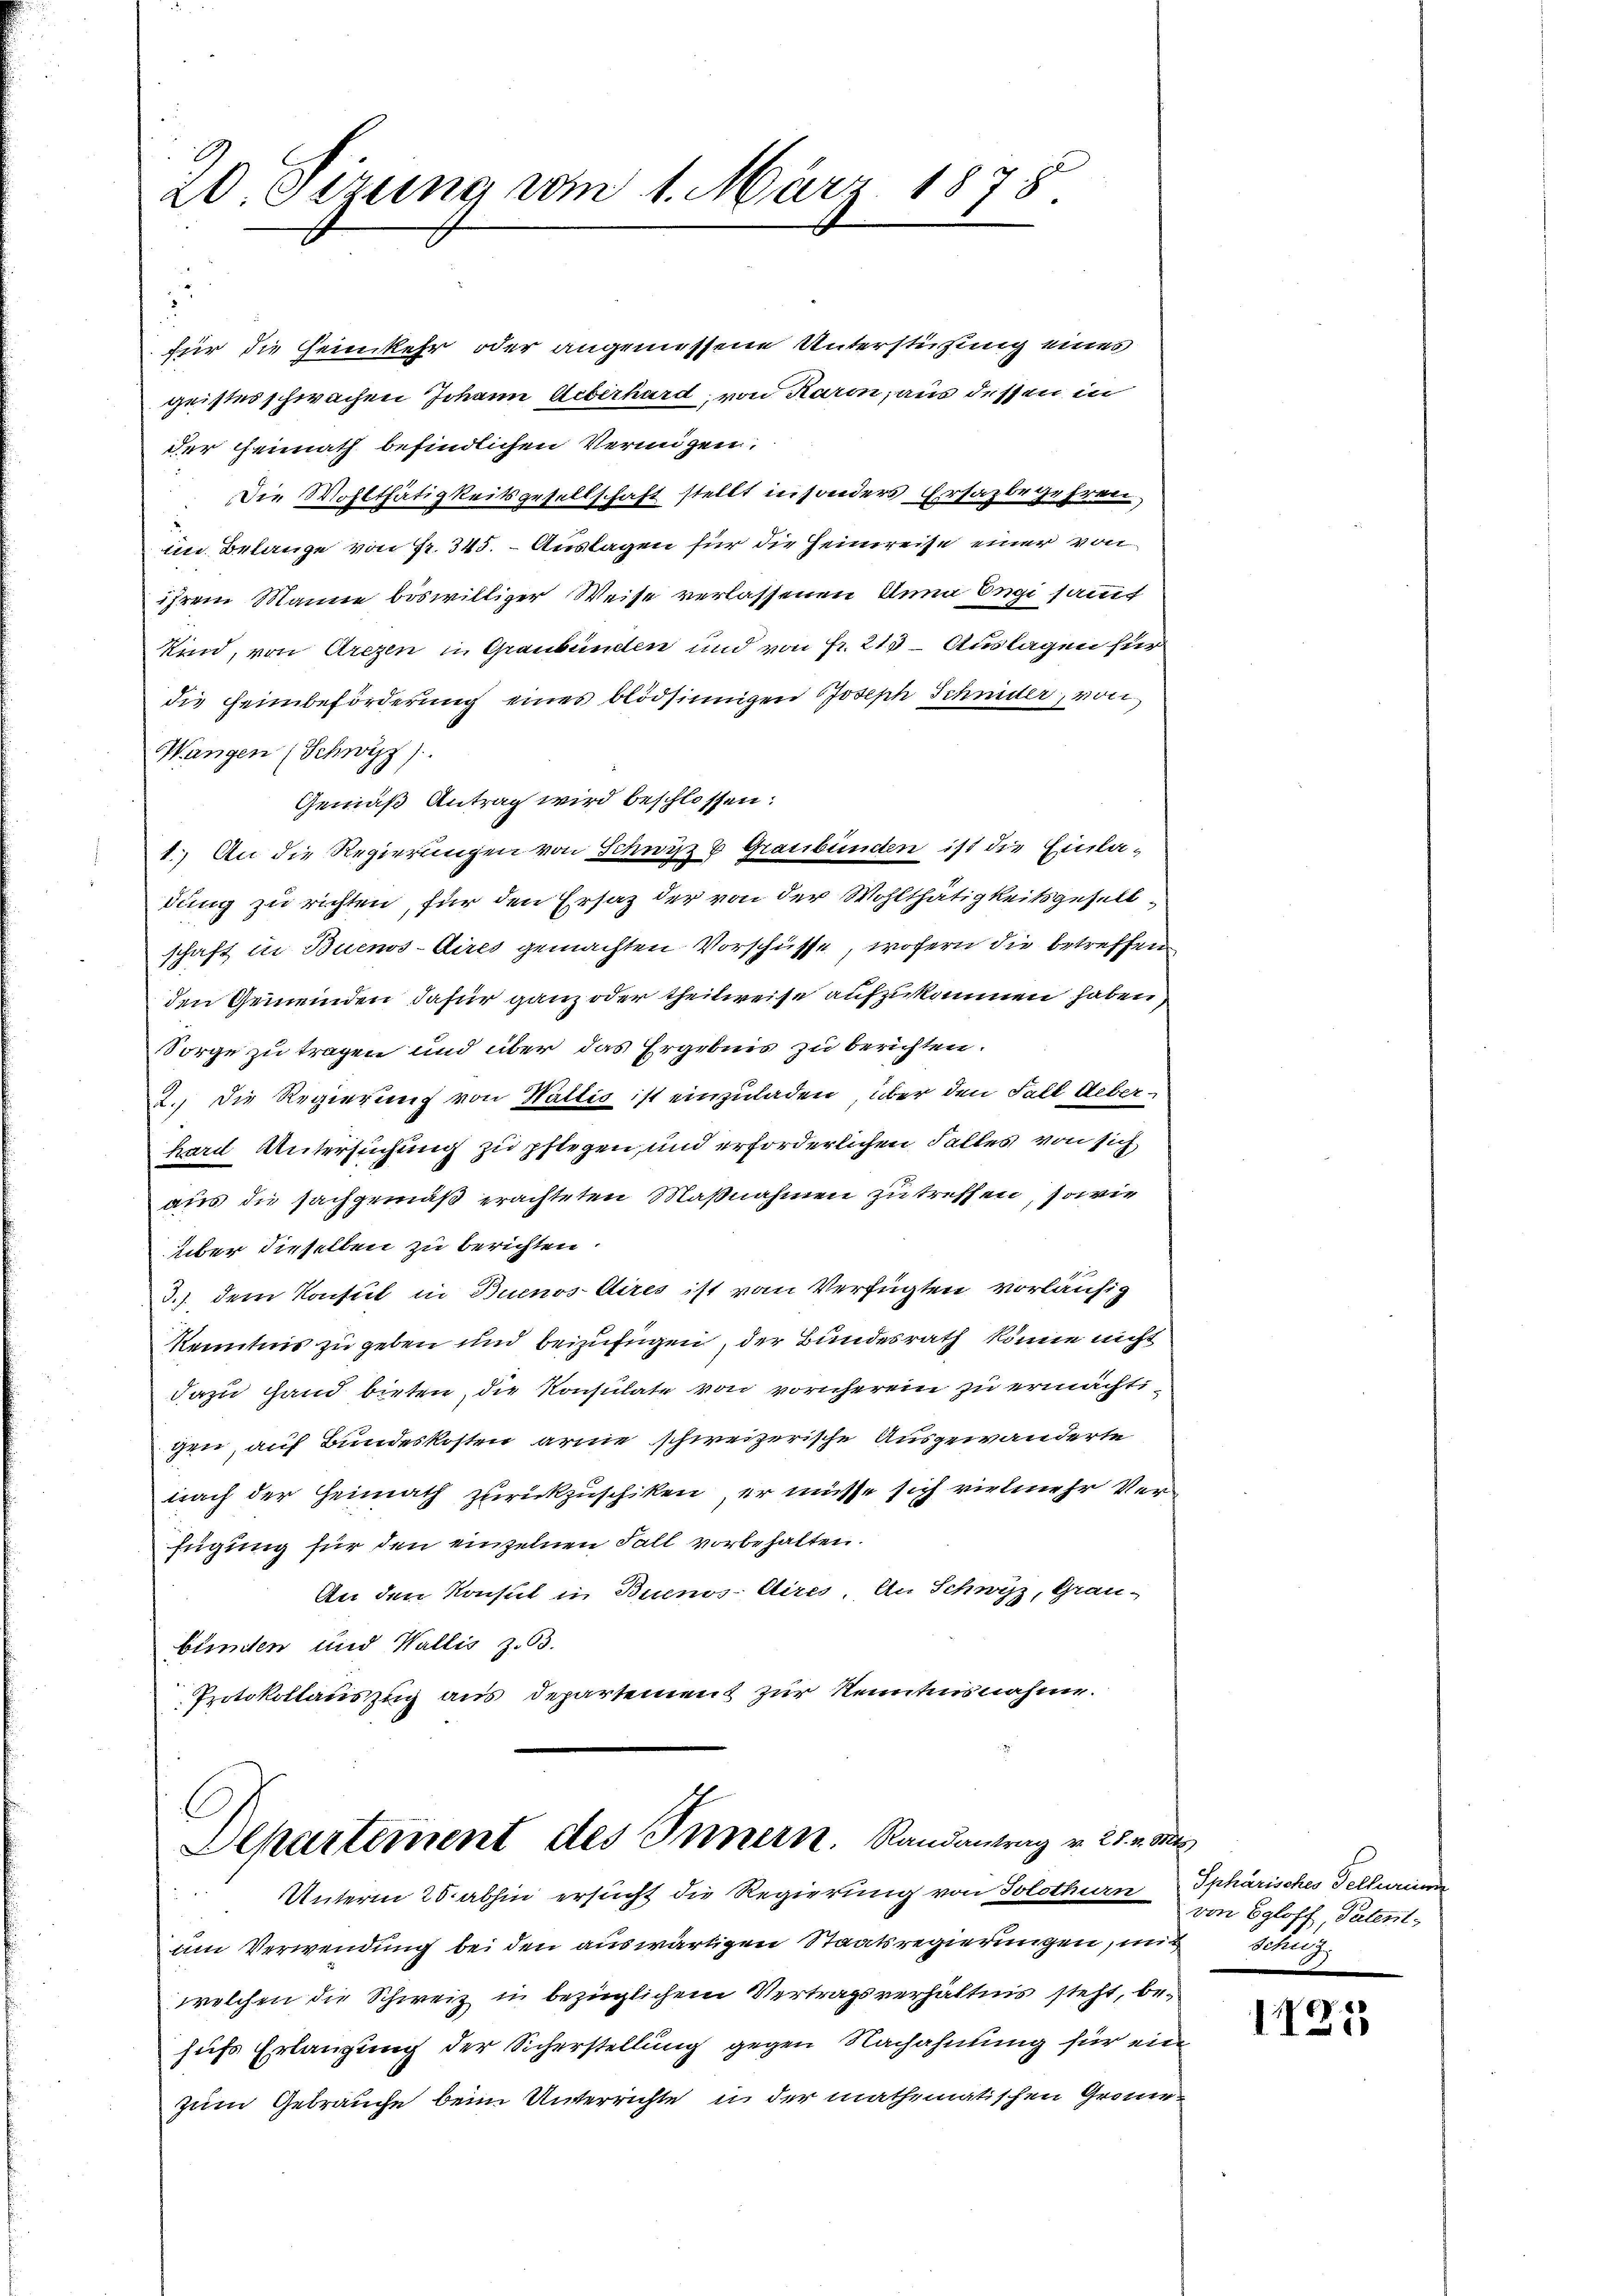
20. Sizung vom 1. März 1878.

s
für die Heimkehr oder angemessene Unterstüzung eines
geistes schwachen Johann Ueberhard, von Raron, aus dessen in
der Heimath befindlichen Vermögen.
Die Wohlthätigkeitsgesellschaft stellt in sonders Ersazbegehren,
im Belange von Fr. 345. - Auslagen für die Heimreise einer von
ihrem Manne böswilliger Weise verlassenen Anna Engi sammt
Kind, von Arezen in Graubünden und von Fr. 215 – Auslagen für
die Heimbeförderung eines blödsinnigen Joseph Schnider, von
Wangen (Schwyz)
Gemäß Antrag wird beschlossen:
1. An die Regierungen von Schwyz & Graubünden ist die Einladung zu richten, für den Ersatz der von der Wohlthätigkeitsgesellschaft in Buenos-Aires gemachten Vorschüsse, wofern die betreffen
den Gemeinden dafür ganz oder theilweise aufzukommen haben,
Sorge zu tragen und über das Ergebnis zu berichten.
2. Die Regierung von Wattio ist einzuladen, über den Fall Ueber¬
Karl Untersuchung zu pflegen, und erforderlichen Falles von sich
aus die Fachgemäß erachteten Maßnahmen zu treffen, sowie
über dieselben zu berichten.
3.) dem Konsul in Buenos Aires ist von Verfügten vorläufig
Kenntnis zu geben und beizufügen, der Bundesrath könne nicht
dazu Hand bieten, die Konsulate von vornherein zu ermächtigen, auf Bundeskosten arme schweizerische Ausgewanderte
nach der Heimath zurückzuschiken, er müsse sich vielmehr Verfügung für den einzelnen Fall vorbehalten.
An den Konsul in Buenos-Aires, An Schwyz, Grau-
bunden und Wallis Z. 63.
Prtokollauszug aus Departement zur Kenntnisnahme.

Departement des Innern. Randantrag v. 25. v. Mts
Unterm 25. abhin ersucht die Regierung von Solothurn Sphärisches Felleine

um Verwendung bei den auswärtigen Staatsregierungen, mit de
welchen die Schweiz in bezüglichem Vertragsverhältnis steht, behufs Erlangung der Sicherstellung gegen Nachahnung für ein
zum Gebrauche beim Unterrichte in der mathematischen Grome

von Egloff, Patent¬

1125